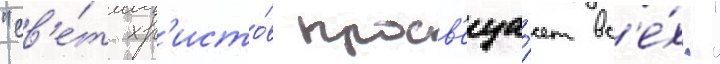
"св'е́т хр'исто́в просв'еща́ет вс'е́х!"